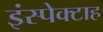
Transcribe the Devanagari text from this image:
इंस्पेक्टाह